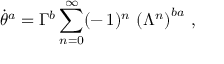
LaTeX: \dot { \theta } ^ { a } = \Gamma ^ { b } \sum _ { n = 0 } ^ { \infty } ( - \, 1 ) ^ { n } \, \left( \Lambda ^ { n } \right) ^ { b a } \, ,